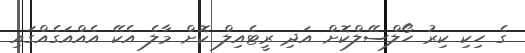
ގެ ހިކި ކިރު ހޯލްސޭލްކޮށް އަދި ރީޓެއިލް ކޮށް މާލެ އެކޭ އެއްއަގެއްގައި